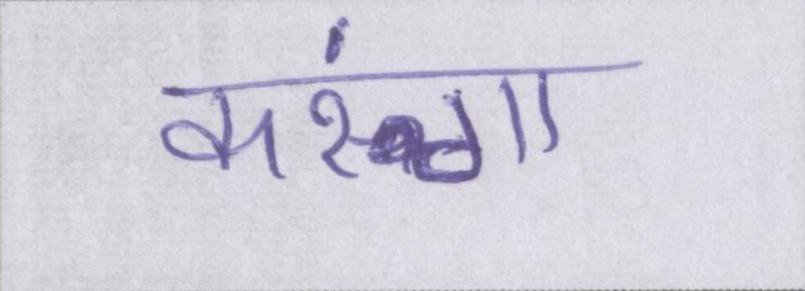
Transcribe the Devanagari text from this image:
करूंगा